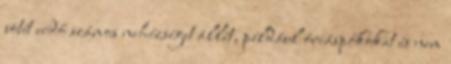
sötét erdő számos nehézséget állít, például óriáspókokat és nem